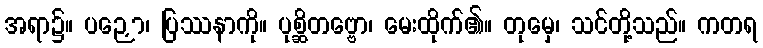
အရာ၌။ ပဉှော၊ ပြဿနာကို။ ပုစ္ဆိတဗ္ဗော၊ မေးထိုက်၏။ တုမှေ၊ သင်တို့သည်။ ကတရ